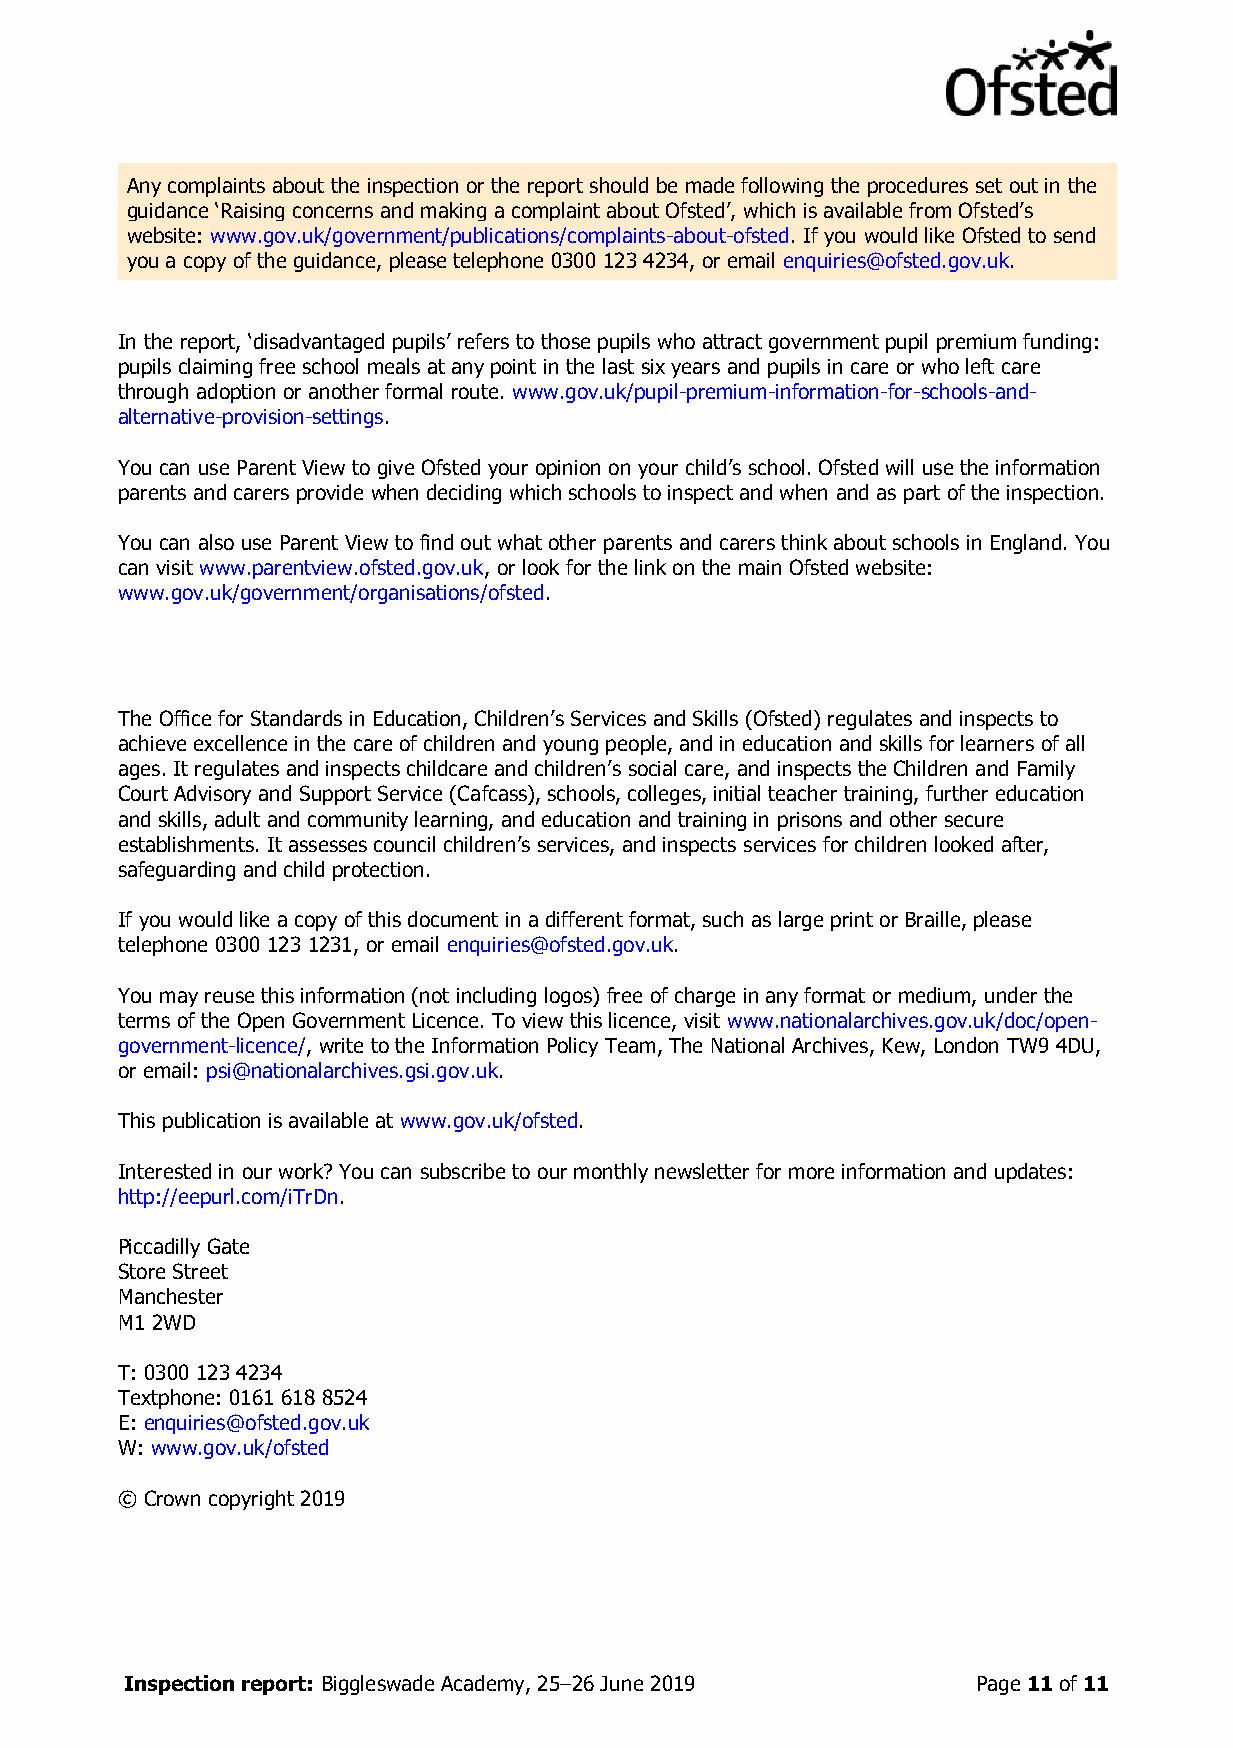
Any complaints about the inspection or the report should be made following the procedures set out in the
 guidance ‘Raising concerns and making a complaint about Ofsted’, which is available from Ofsted’s
 website: www.gov.uk/government/publications/complaints-about-ofsted. If you would like Ofsted to send
 you a copy of the guidance, please telephone 0300 123 4234, or email enquiries@ofsted.gov.uk.
 In the report, ‘disadvantaged pupils’ refers to those pupils who attract government pupil premium funding:
 pupils claiming free school meals at any point in the last six years and pupils in care or who left care
 through adoption or another formal route. www.gov.uk/pupil-premium-information-for-schools-and-
 alternative-provision-settings.
 You can use Parent View to give Ofsted your opinion on your child’s school. Ofsted will use the information
 parents and carers provide when deciding which schools to inspect and when and as part of the inspection.
 You can also use Parent View to find out what other parents and carers think about schools in England. You
 can visit www.parentview.ofsted.gov.uk, or look for the link on the main Ofsted website:
 www.gov.uk/government/organisations/ofsted.
 The Office for Standards in Education, Children’s Services and Skills (Ofsted) regulates and inspects to
 achieve excellence in the care of children and young people, and in education and skills for learners of all
 ages. It regulates and inspects childcare and children’s social care, and inspects the Children and Family
 Court Advisory and Support Service (Cafcass), schools, colleges, initial teacher training, further education
 and skills, adult and community learning, and education and training in prisons and other secure
 establishments. It assesses council children’s services, and inspects services for children looked after,
 safeguarding and child protection.
 If you would like a copy of this document in a different format, such as large print or Braille, please
 telephone 0300 123 1231, or email enquiries@ofsted.gov.uk.
 You may reuse this information (not including logos) free of charge in any format or medium, under the
 terms of the Open Government Licence. To view this licence, visit www.nationalarchives.gov.uk/doc/open-
 government-licence/, write to the Information Policy Team, The National Archives, Kew, London TW9 4DU,
 or email: psi@nationalarchives.gsi.gov.uk.
 This publication is available at www.gov.uk/ofsted.
 Interested in our work? You can subscribe to our monthly newsletter for more information and updates:
 http://eepurl.com/iTrDn.
 Piccadilly Gate
 Store Street
 Manchester
 M1 2WD
 T: 0300 123 4234
 Textphone: 0161 618 8524
 E: enquiries@ofsted.gov.uk
 W: www.gov.uk/ofsted
 © Crown copyright 2019
 Inspection report: Biggleswade Academy, 25–26 June 2019  Page 11 of 11